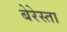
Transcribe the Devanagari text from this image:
बेरेस्ता